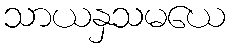
သာယနှသမယေ